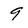
Character: 9